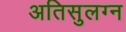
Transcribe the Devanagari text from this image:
अतिसुलग्न